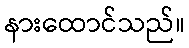
နားထောင်သည်။